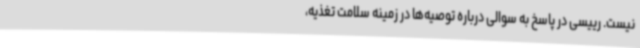
نیست. رییسی در پاسخ به سوالی درباره توصیه‌ها در زمینه سلامت تغذیه،